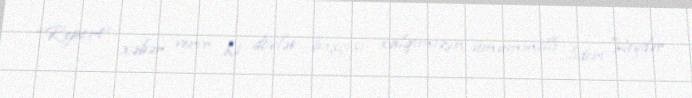
“Report” xəbər verir ki, dövlət başçısı xalqımızın ümummilli lideri Heydər